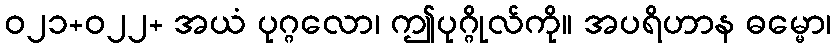
ဝ၂၁+၀၂၂+ အယံ ပုဂ္ဂလော၊ ဤပုဂ္ဂိုလ်ကို။ အပရိဟာန ဓမ္မော၊